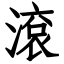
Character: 滾